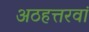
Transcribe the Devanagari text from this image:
अठहत्तरवां